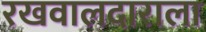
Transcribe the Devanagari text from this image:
रखवालदाराला